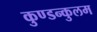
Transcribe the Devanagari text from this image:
कुण्डन्कुलम